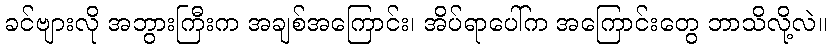
ခင်ဗျားလို အဘွားကြီးက အချစ်အကြောင်း၊ အိပ်ရာပေါ်က အကြောင်းတွေ ဘာသိလို့လဲ။